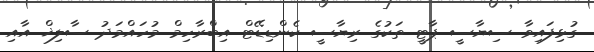
ގުޅިފައިވާ ސިޔާސީ ޕާޓީ ތަކުގެ ރިޔާސީ ކެންޑިޑޭޓް އިބްރާހިމް މުހައްމަދު ސާލިޚް އާއި